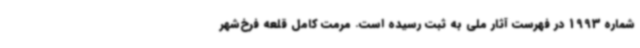
شماره 1993 در فهرست آثار ملی به ثبت رسیده است. مرمت کامل قلعه فرخ‌شهر